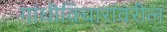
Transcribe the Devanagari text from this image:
गांधीविचारांवरील